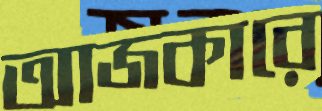
আজকারে